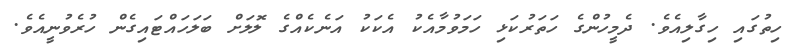
ހިތުގައި ހިގާލިއެވެ. ދެމީހުންގެ ހަތަރުކަޅި ހަމަވުމާއެކު އެކަކު އަނެކެއްގެ ލޮލަށް ބަލަހައްޓައިގެން ހުރެވުނީއެވެ.